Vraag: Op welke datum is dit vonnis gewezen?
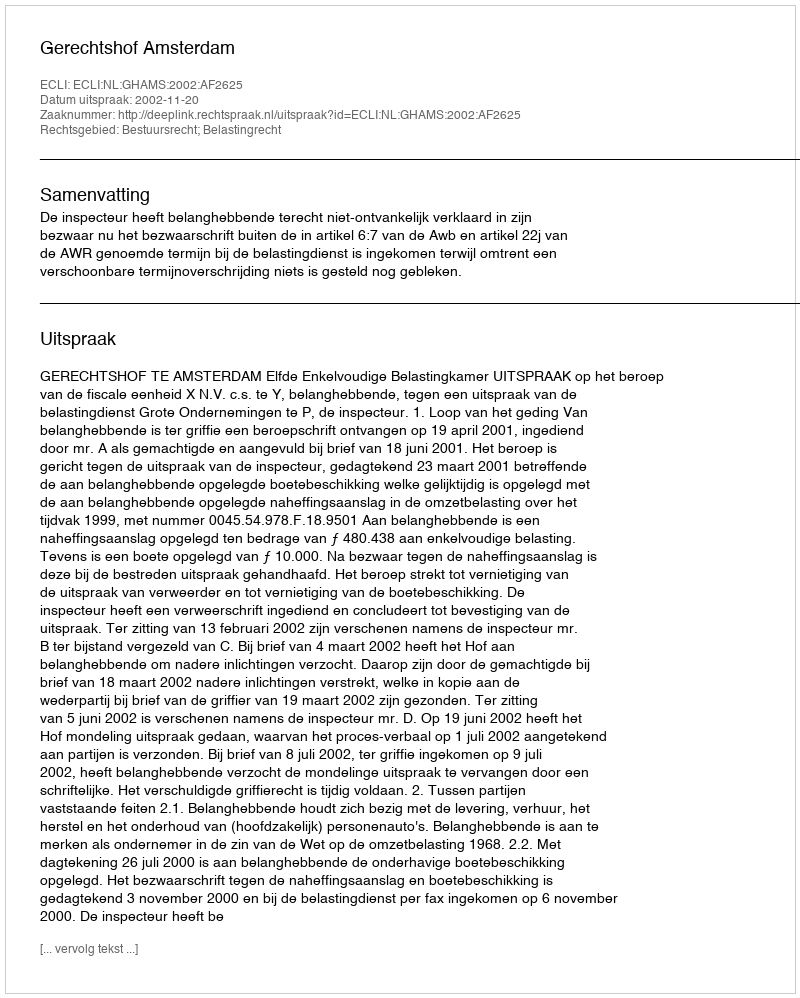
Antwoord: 2002-11-20